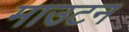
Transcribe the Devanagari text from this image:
माउटन